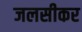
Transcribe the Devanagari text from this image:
जलसीकर